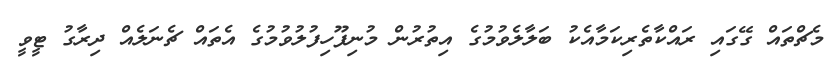
މެޗްތައް ގޭގައި ރައްކާތެރިކަމާއެކު ބަލާލެވުމުގެ އިތުރުން މުނިފޫހިފުލުވުމުގެ އެތައް ޗެނަލެއް ދިރާގު ޓީވީ